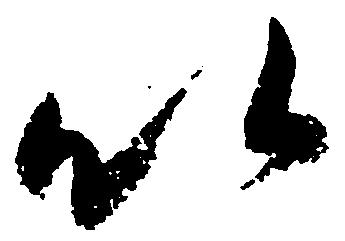
以